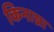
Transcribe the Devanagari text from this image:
किनाय्रा